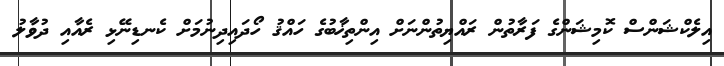
އިލެކްޝަންސް ކޮމިޝަންގެ ފަރާތުން ރައްޔިތުންނަށް އިންތިޚާބުގެ ހައްޤު ހޯދައިދިނުމަށް ކެނޑިނޭޅި ރެއާއި ދުވާލު